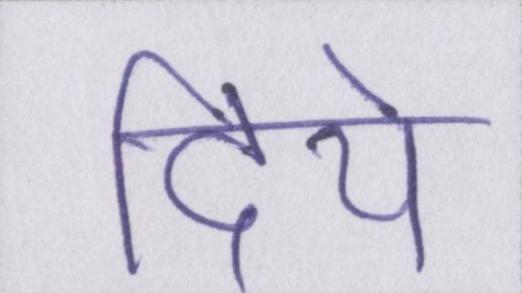
दिये